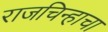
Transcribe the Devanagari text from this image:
राजचिन्हाचा